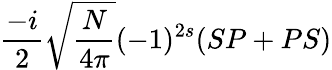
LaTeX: \frac{-i}{2}\sqrt{\frac{N}{4\pi}}(-1)^{2s}(SP+PS)